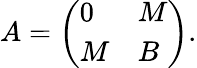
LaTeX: A={\left(\begin{array}{ll}{0}&{M}\\ {M}&{B}\end{array}\right)}{\mathrm{.}}